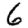
Digit: 6